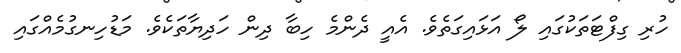
ހުރި ގިފްޓަތަކުގައި ލޯ އަޅައިގަތެވެ. އެއީ ދެންމެ ހިބާ ދިން ހަދިޔާތަކެވެ. މަޑުހިނގުމެއްގައި